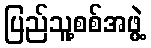
ပြည်သူ့စစ်အဖွဲ့